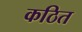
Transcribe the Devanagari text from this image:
कठित